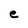
Character: e